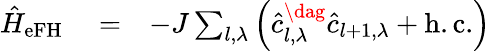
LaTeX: \begin{array}{rlr}{\hat{H}_{\mathrm{eFH}}}&{{}=}&{-J\sum_{l,\lambda}\left(\hat{c}_{l,\lambda}^{\dag}\hat{c}_{l+1,\lambda}+\mathrm{h.c.}\right)}\end{array}